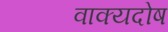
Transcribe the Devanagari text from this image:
वाक्यदोष